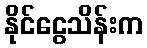
နိုင်ငွေသိန်းက